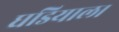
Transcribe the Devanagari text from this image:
घडियाल।